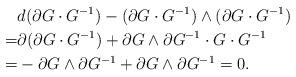
LaTeX: \begin{align*}&d(\partial G\cdot G^{-1})-(\partial G\cdot G^{-1})\wedge(\partial G\cdot G^{-1})\\=&\partial(\partial G\cdot G^{-1})+\partial G\wedge\partial G^{-1}\cdot G\cdot G^{-1}\\=&-\partial G\wedge\partial G^{-1}+\partial G\wedge\partial G^{-1}=0.\end{align*}